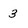
Character: 3